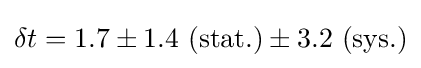
\delta t=1.7\pm 1.4\ (\mathrm {stat.} )\pm 3.2\ (\mathrm {sys.} )